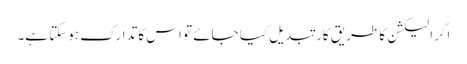
اگر الیکشن کا طریقِ کار تبدیل کیا جائے تو اس کا تدارک ہوسکتا ہے۔